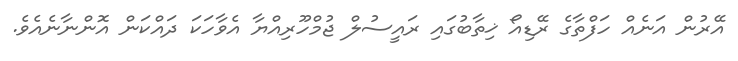
އޭރުން އަނެއް ހަފްތާގެ ރޭޑިއޯ ޚިތާބުގައި ރައީސުލް ޖުމްހޫރިއްޔާ އެވާހަކަ ދައްކަން އޮންނާނެއެވެ.